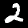
Digit: 2